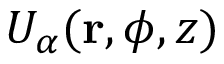
U _ { \alpha } ( \mathbf { r } , \phi , z )